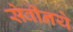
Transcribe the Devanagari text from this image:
सेवीनये